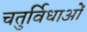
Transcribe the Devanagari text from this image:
चतुर्विधाओं